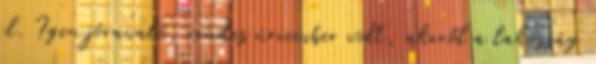
el. Igen jóravaló, rendes úriember volt, akiről a lakosság